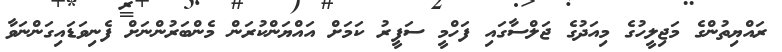
ރައްޔިތުންގެ މަޖިލީހުގެ މިއަދުގެ ޖަލްސާގައި ފަހްމީ ސަފީރު ކަމަށް އައްޔަންކުރަން މެންބަރުންނަށް ފެނިވަޑައިގަންނަވާ